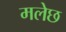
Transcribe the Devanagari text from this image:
मलेछ